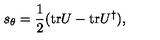
s _ { \theta } = \frac { 1 } { 2 } ( \mathrm { t r } U - \mathrm { t r } U ^ { \dag } ) ,